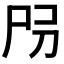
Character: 𡰺